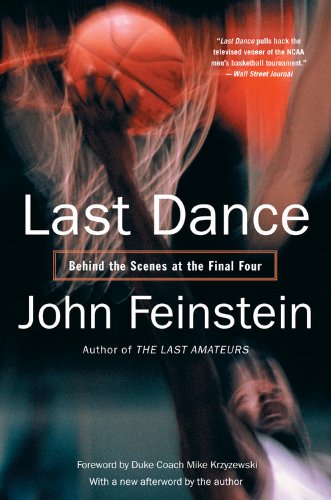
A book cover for Last Dance: Behind the Scenes at the Final Four; John Feinstein; Sports & Outdoors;